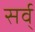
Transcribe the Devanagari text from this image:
सर्व्